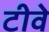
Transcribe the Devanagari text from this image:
टीवे